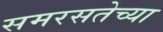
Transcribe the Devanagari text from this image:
समरसतेच्या